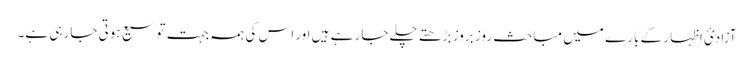
آزادئ اظہار کے بارے میں مباحث روز بروز بڑھتے چلے جا رہے ہیں اور اس کی ہمہ جہت توسیع ہوتی جا رہی ہے۔